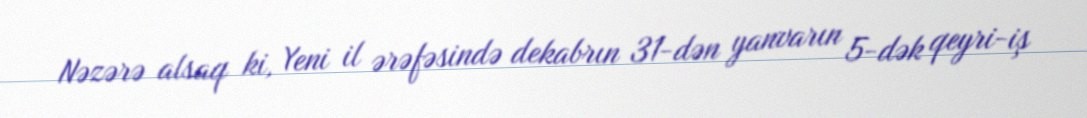
Nəzərə alsaq ki, Yeni il ərəfəsində dekabrın 31-dən yanvarın 5-dək qeyri-iş